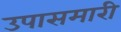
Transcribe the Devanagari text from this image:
उपासमारी